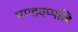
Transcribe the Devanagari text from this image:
मण्डवप्पल्लि